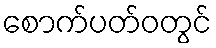
စောက်ပတ်ဝတွင်